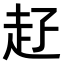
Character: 𧺐